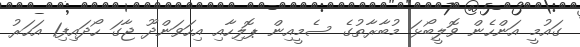
ގައުމީ އަންހެން ވޮލީބޯޅަ މުބާރާތުގެ ސެމީއިން ޕޮލިހާއި އިހަވަންދޫ ޖާގަ ހޯދައިފި1 އަހަރު